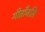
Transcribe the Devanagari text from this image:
गीताँजलि